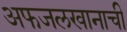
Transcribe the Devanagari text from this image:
अफजलखानाची